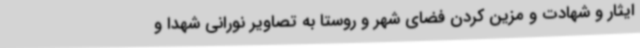
ایثار و شهادت و مزین کردن فضای شهر و روستا به تصاویر نورانی شهدا و